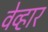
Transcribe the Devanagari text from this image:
वेव्हार